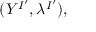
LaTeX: ( Y ^ { I ^ { \prime } } , \lambda ^ { I ^ { \prime } } ) ,